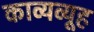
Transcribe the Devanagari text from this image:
काव्यव्यूह